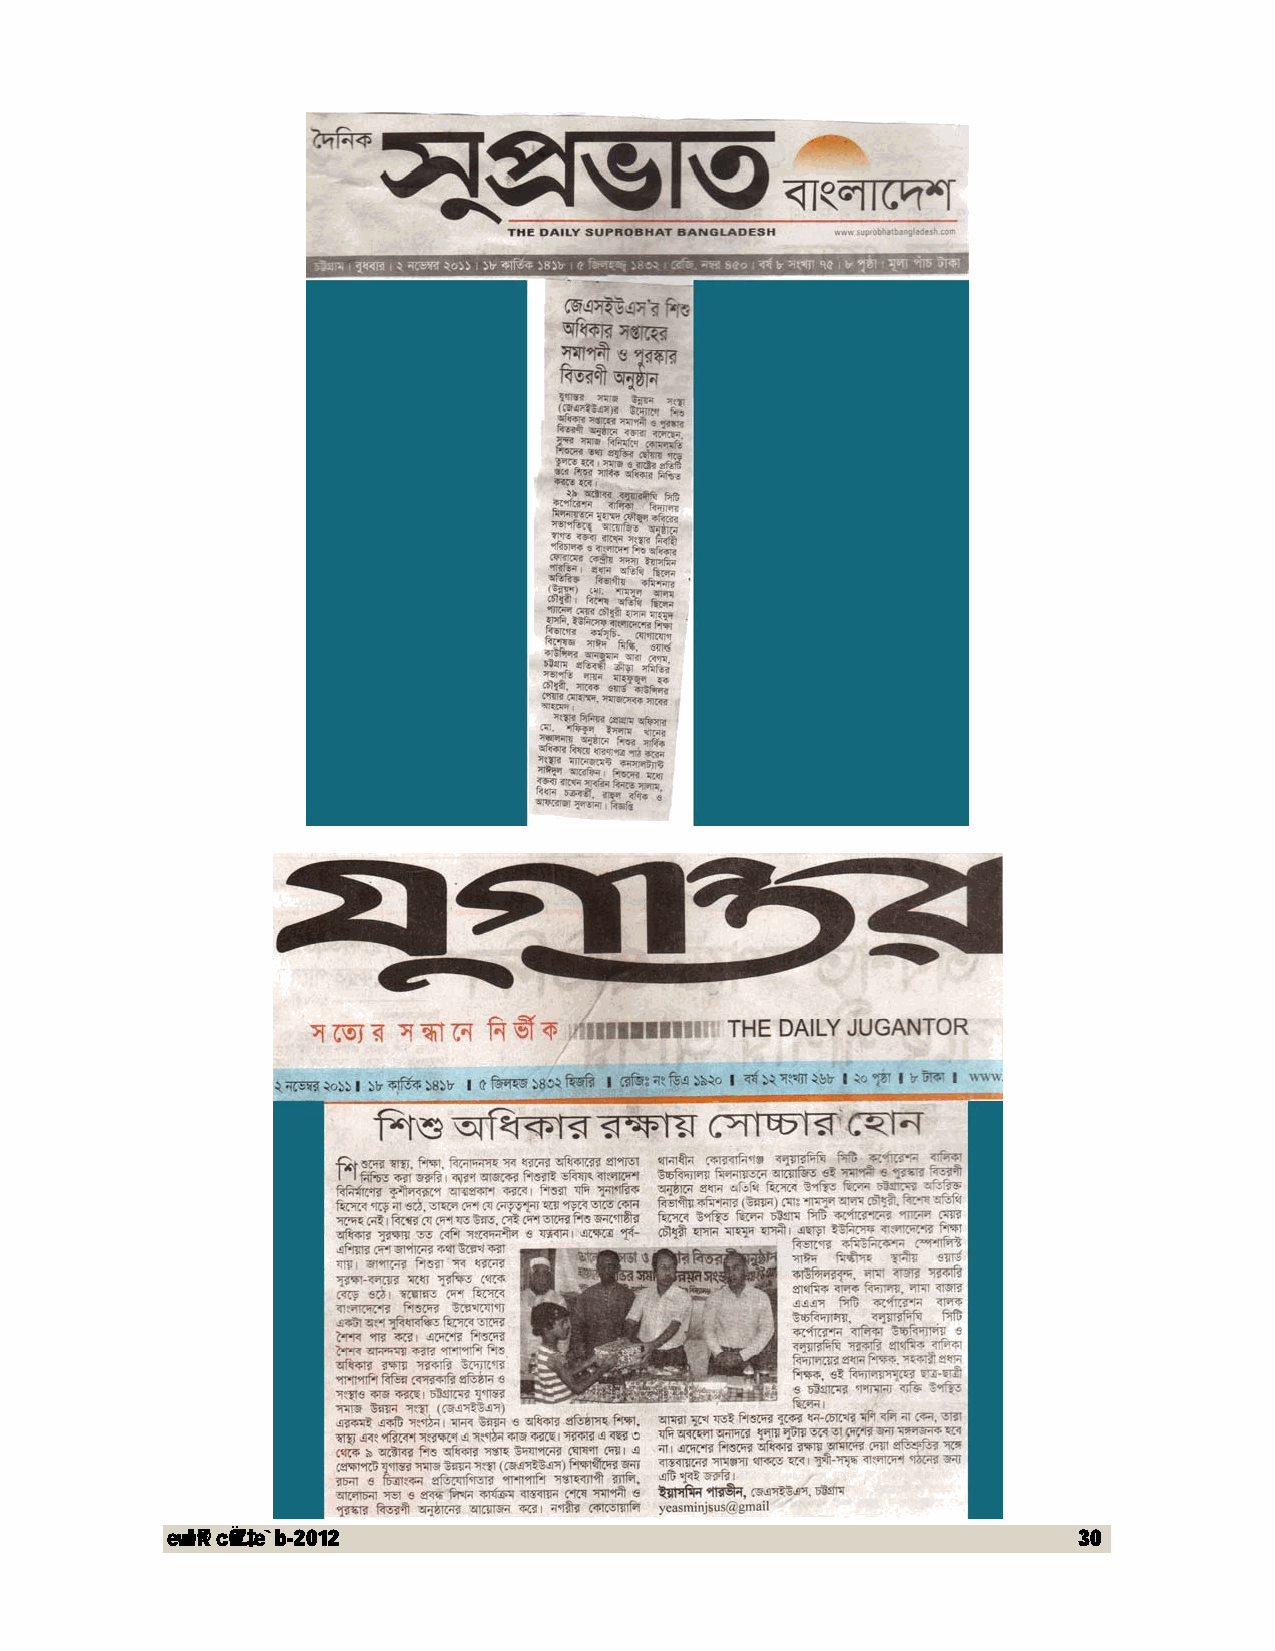
evwl©K cÖwZ‡e`b-2012                                        30